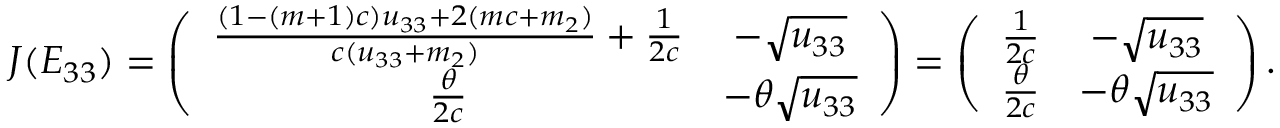
J ( E _ { 3 3 } ) = \left( \begin{array} { c c } { \frac { ( 1 - ( m + 1 ) c ) u _ { 3 3 } + 2 ( m c + m _ { 2 } ) } { c ( u _ { 3 3 } + m _ { 2 } ) } + \frac { 1 } { 2 c } } & { - \sqrt { u _ { 3 3 } } } \\ { \frac { \theta } { 2 c } } & { - \theta \sqrt { u _ { 3 3 } } } \end{array} \right) = \left( \begin{array} { c c } { \frac { 1 } { 2 c } } & { - \sqrt { u _ { 3 3 } } } \\ { \frac { \theta } { 2 c } } & { - \theta \sqrt { u _ { 3 3 } } } \end{array} \right) .